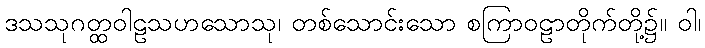
ဒသသုဂတ္ထဝါဠသဟသောသု၊ တစ်သောင်းသော စကြာဝဠာတိုက်တို့၌။ ဝါ၊